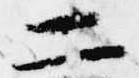
二